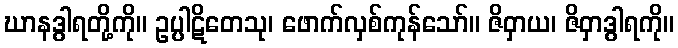
ဃာနဒွါရတို့ကို။ ဥပ္ပါဋိတေသု၊ ဖောက်လှစ်ကုန်သော်။ ဇိဝှာယ၊ ဇိဝှာဒွါရကို။